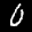
Label: 0